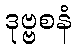
ဒုဗ္ဗစနံ